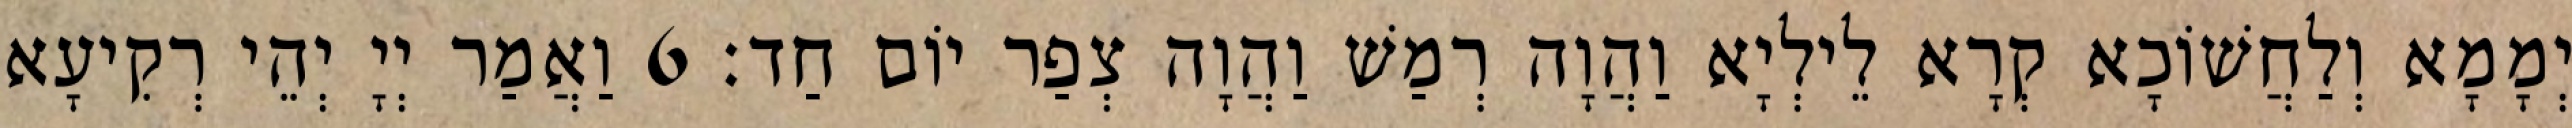
יְמָמָא וְלַחֲשׁוֹכָא קְרָא לֵילְיָא וַהֲוָה רְמַשׁ וַהֲוָה צְפַר יוֹם חַד׃ 6 וַאֲמַר יְיָ יְהֵי רְקִיעָא